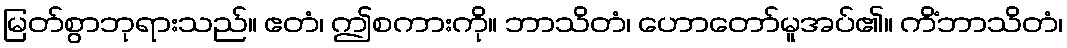
မြတ်စွာဘုရားသည်။ ဧတံ၊ ဤစကားကို။ ဘာသိတံ၊ ဟောတော်မူအပ်၏။ ကိံဘာသိတံ၊